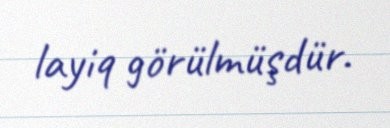
layiq görülmüşdür.